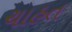
ચાહત